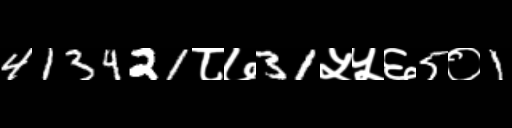
Text: 413421८७31५५६5०1